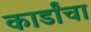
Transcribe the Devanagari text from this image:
कार्डांचा